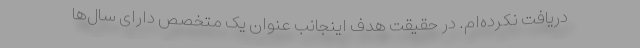
دریافت نکرده‌‌ام. در حقیقت هدف اینجانب عنوان یک متخصص دارای سال‌‌ها